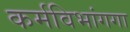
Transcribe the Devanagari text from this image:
कर्मविभांगगा